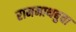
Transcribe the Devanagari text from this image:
रामनाथबुवा